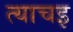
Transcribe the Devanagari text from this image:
त्याचइ